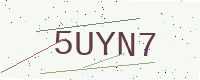
Text: 5UYN7